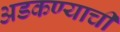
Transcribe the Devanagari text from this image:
अडकण्याची